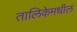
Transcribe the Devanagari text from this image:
तालिकेमधील